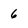
Character: 6